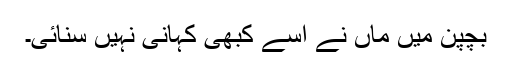
بچپن میں ماں نے اسے کبھی کہانی نہیں سنائی۔